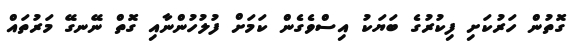
ގޮތުން ހަރުކަށި ފިކުރުގެ ބަޔަކު އިސްވެގެން ކަމަށް ފުލުހުންނާއި ގޮތް ނޭނގޭ މަރުތައް